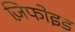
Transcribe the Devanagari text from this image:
ज़िफोइड